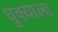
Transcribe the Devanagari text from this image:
धुक्‍याला